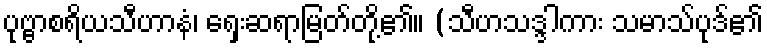
ပုဗ္ဗာစရိယသီဟာနံ၊ ရှေးဆရာမြတ်တို့၏။ (သီဟသဒ္ဒါကား သမာသ်ပုဒ်၏